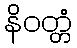
နိဝတ္တံ